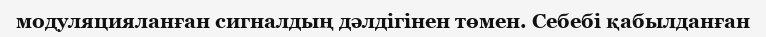
модуляцияланған сигналдың дәлдігінен төмен. Себебі қабылданған